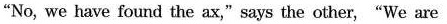
"No, we have found the ax,"says the other,"We are